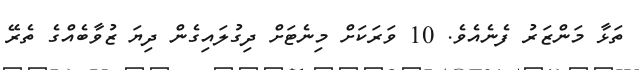
ތަޅާ މަންޒަރު ފެނެއެވެ. 10 ވަރަކަށް މިނެޓަށް ދިގުލައިގެން ދިޔަ ޒުވާބެއްގެ ތެރޭ